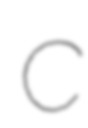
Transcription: C